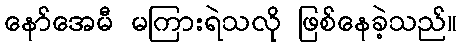
နော်အေမီ မကြားရဲသလို ဖြစ်နေခဲ့သည်။